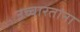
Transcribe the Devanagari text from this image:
उच्चारतांना